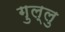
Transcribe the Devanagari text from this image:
गुल्लु